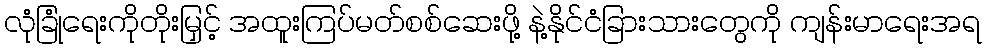
လုံခြုံရေးကိုတိုးမြှင့် အထူးကြပ်မတ်စစ်ဆေးဖို့ နဲ့နိုင်ငံခြားသားတွေကို ကျန်းမာရေးအရ